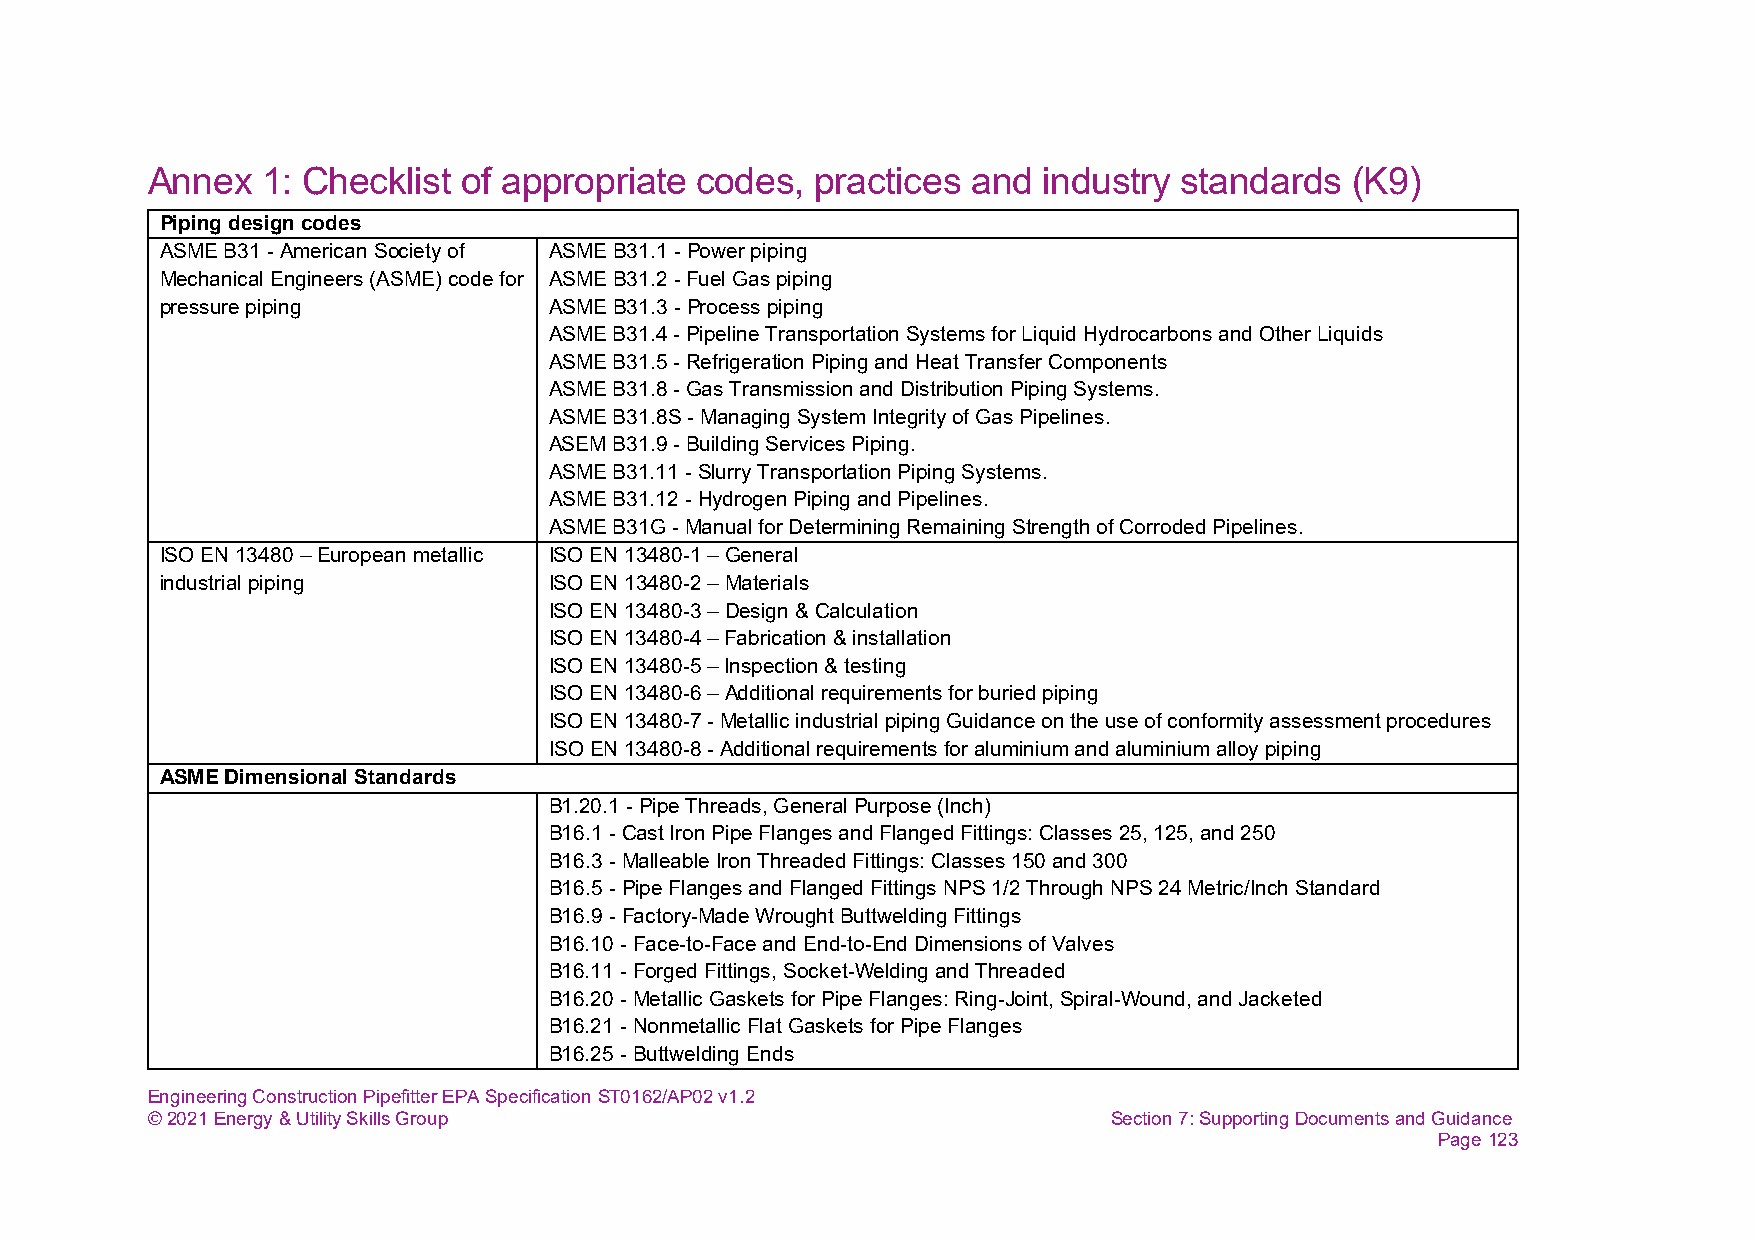
Annex  1: Checklist  of appropriate codes,  practices and  industry standards  (K9)
 Piping design codes
 ASME B31 - American Society of ASME B31.1 - Power piping
 Mechanical Engineers (ASME) code for ASME B31.2 - Fuel Gas piping
 pressure piping          ASME B31.3 - Process piping
 ASME B31.4 - Pipeline Transportation Systems for Liquid Hydrocarbons and Other Liquids
 ASME B31.5 - Refrigeration Piping and Heat Transfer Components
 ASME B31.8 - Gas Transmission and Distribution Piping Systems.
 ASME B31.8S - Managing System Integrity of Gas Pipelines.
 ASEM B31.9 - Building Services Piping.
 ASME B31.11 - Slurry Transportation Piping Systems.
 ASME B31.12 - Hydrogen Piping and Pipelines.
 ASME B31G - Manual for Determining Remaining Strength of Corroded Pipelines.
 ISO EN 13480 – European metallic ISO EN 13480-1 – General
 industrial piping        ISO EN 13480-2 – Materials
 ISO EN 13480-3 – Design & Calculation
 ISO EN 13480-4 – Fabrication & installation
 ISO EN 13480-5 – Inspection & testing
 ISO EN 13480-6 – Additional requirements for buried piping
 ISO EN 13480-7 - Metallic industrial piping Guidance on the use of conformity assessment procedures
 ISO EN 13480-8 - Additional requirements for aluminium and aluminium alloy piping
 ASME Dimensional Standards
 B1.20.1 - Pipe Threads, General Purpose (Inch)
 B16.1 - Cast Iron Pipe Flanges and Flanged Fittings: Classes 25, 125, and 250
 B16.3 - Malleable Iron Threaded Fittings: Classes 150 and 300
 B16.5 - Pipe Flanges and Flanged Fittings NPS 1/2 Through NPS 24 Metric/Inch Standard
 B16.9 - Factory-Made Wrought Buttwelding Fittings
 B16.10 - Face-to-Face and End-to-End Dimensions of Valves
 B16.11 - Forged Fittings, Socket-Welding and Threaded
 B16.20 - Metallic Gaskets for Pipe Flanges: Ring-Joint, Spiral-Wound, and Jacketed
 B16.21 - Nonmetallic Flat Gaskets for Pipe Flanges
 B16.25 - Buttwelding Ends
 Engineering Construction Pipefitter EPA Specification ST0162/AP02 v1.2
 © 2021 Energy & Utility Skills Group                            Section 7: Supporting Documents and Guidance
 Page 123